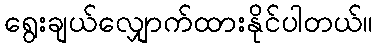
ရွေးချယ်လျှောက်ထားနိုင်ပါတယ်။